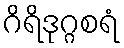
ဂိရိဒုဂ္ဂစရံ